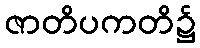
ဇာတိပကတိ၌